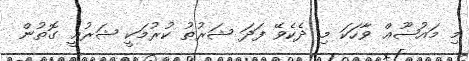
މި މައުޟޫޢް ވާހަކަ މި ދެކެވޭ ފަދަ ޝަރުޠު ކުރުމަކީ ޝަރުޢީ ގޮތުން